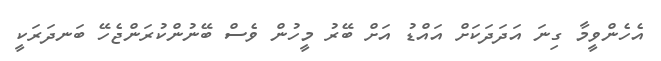
އެހެންވީމާ ގިނަ އަދަދަކަށް އައްޑު އަށް ބޭރު މީހުން ވެސް ބޭނުންކުރަންޖެހޭ ބަނދަރަކީ